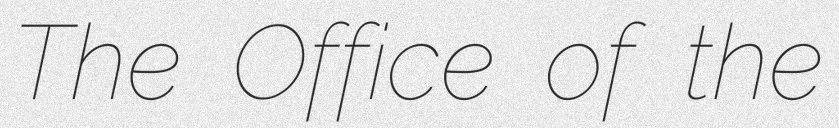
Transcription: The Office of the